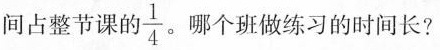
间占整节课的$$\frac{1}{4}$$。哪个班做练习的时间长?